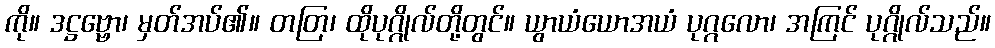
ကို။ ဒဋ္ဌဗ္ဗော၊ မှတ်အပ်၏။ တတြ၊ ထိုပုဂ္ဂိုလ်တို့တွင်။ ယွာယံယောအယံ ပုဂ္ဂလော၊ အကြင် ပုဂ္ဂိုလ်သည်။